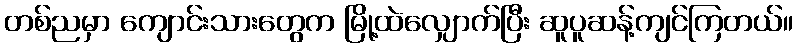
တစ်ညမှာ ကျောင်းသားတွေက မြို့ထဲလျှောက်ပြီး ဆူပူဆန့်ကျင်ကြတယ်။